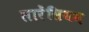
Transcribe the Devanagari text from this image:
लारेंसियम